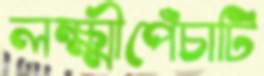
লক্ষ্মীপেঁচাটি